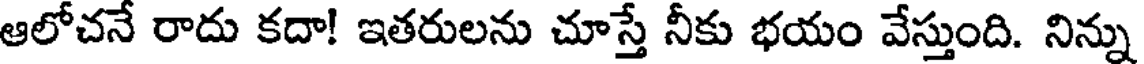
ఆలోచనే రాదు కదా! ఇతరులను చూస్తే నీకు భయం వేస్తుంది. నిన్ను